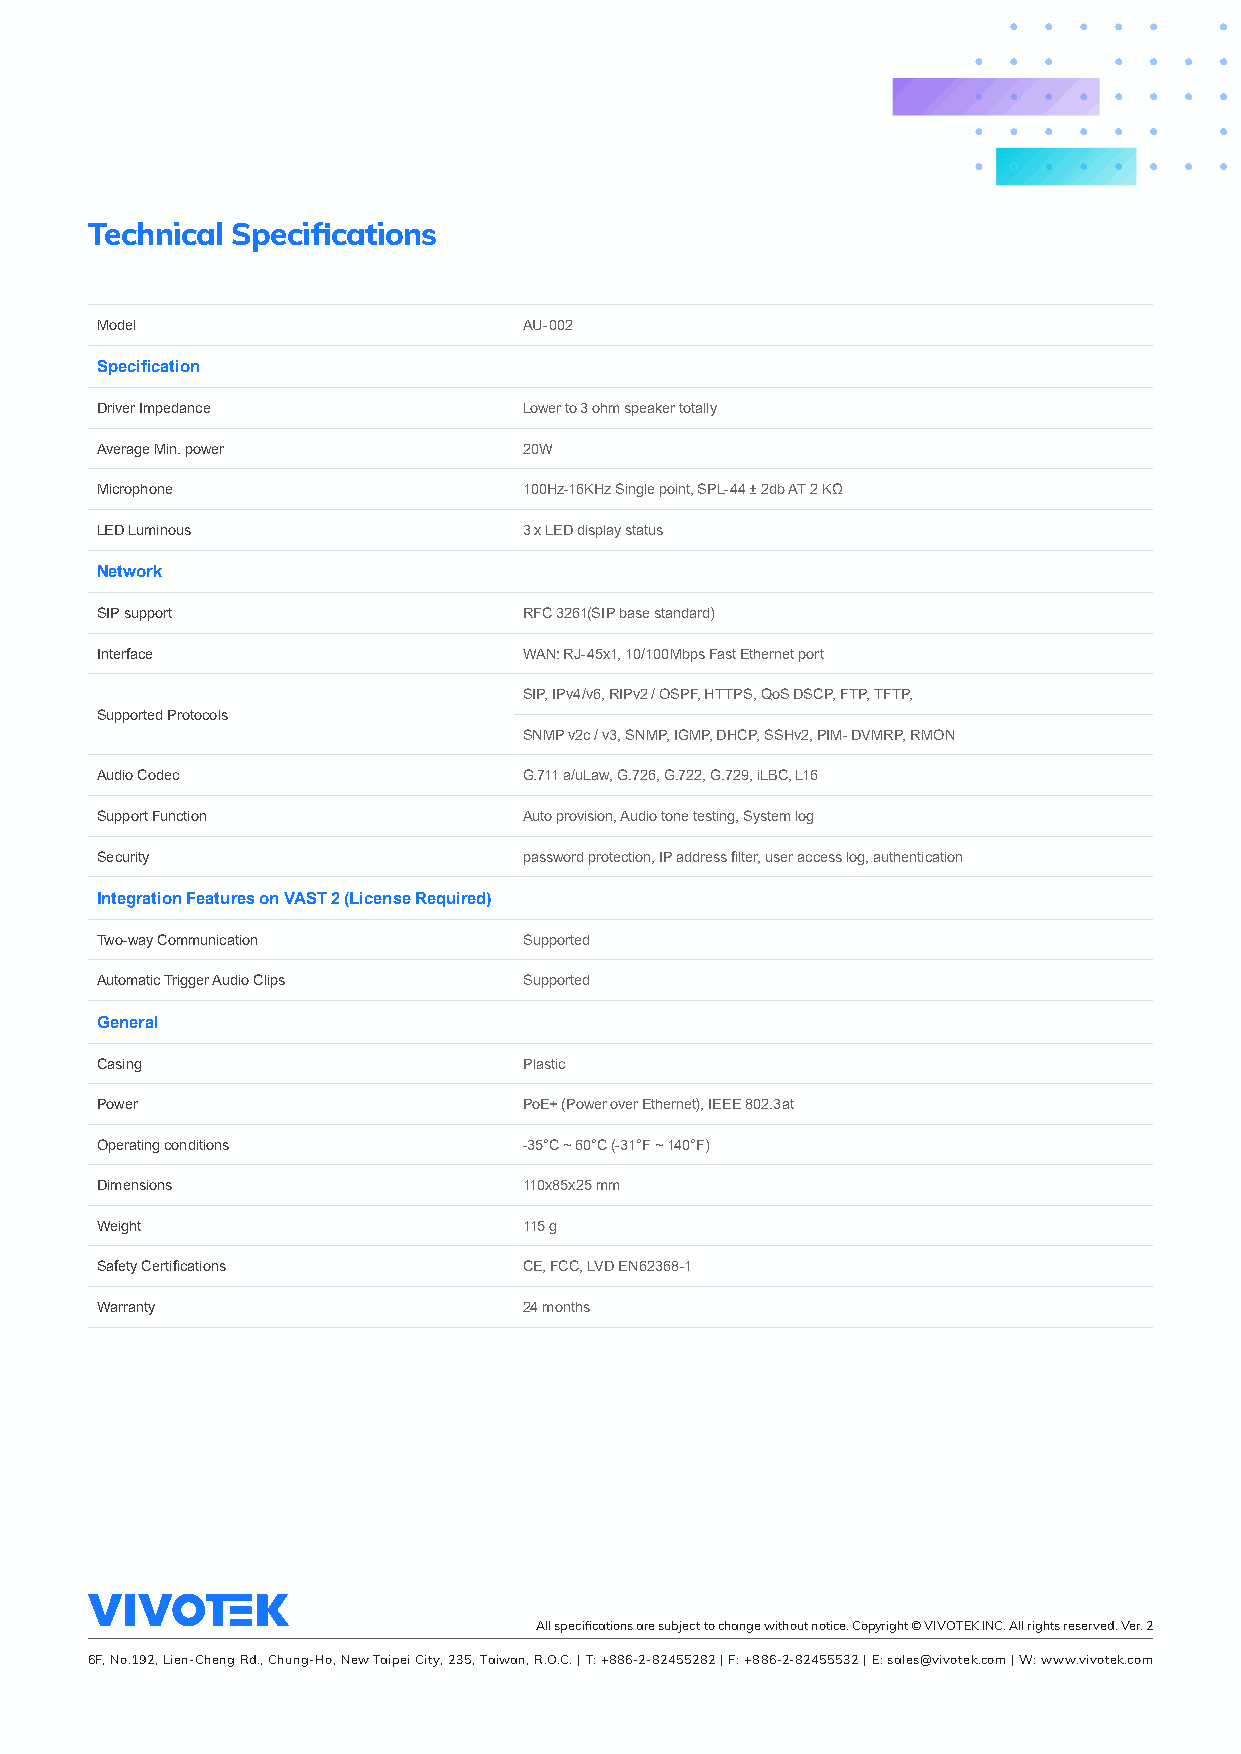
Technical Specifications
 Model                        AU-002
 Specification
 Driver Impedance             Lower to 3 ohm speaker totally
 Average Min. power           20W
 Microphone                   100Hz-16KHz Single point, SPL-44 ± 2db AT 2 KΩ
 LED Luminous                 3 x LED display status
 Network
 SIP support                  RFC 3261(SIP base standard)
 Interface                    WAN: RJ-45x1, 10/100Mbps Fast Ethernet port
 SIP, IPv4/v6, RIPv2 / OSPF, HTTPS, QoS DSCP, FTP, TFTP,
 Supported Protocols
 SNMP v2c / v3, SNMP, IGMP, DHCP, SSHv2, PIM- DVMRP, RMON
 Audio Codec                  G.711 a/uLaw, G.726, G.722, G.729, iLBC, L16
 Support Function             Auto provision, Audio tone testing, System log
 Security                     password protection, IP address filter, user access log, authentication
 Integration Features on VAST 2 (License Required)
 Two-way Communication        Supported
 Automatic Trigger Audio Clips Supported
 General
 Casing                       Plastic
 Power                        PoE+ (Power over Ethernet), IEEE 802.3at
 Operating conditions         -35°C ~ 60°C (-31°F ~ 140°F)
 Dimensions                   110x85x25 mm
 Weight                       115 g
 Safety Certifications        CE, FCC, LVD EN62368-1
 Warranty                     24 months
 All specifications are subject to change without notice. Copyright © VIVOTEK INC. All rights reserved. Ver. 2
 6F, No.192, Lien-Cheng Rd., Chung-Ho, New Taipei City, 235, Taiwan, R.O.C. | T: +886-2-82455282 | F: +886-2-82455532 | E: sales@vivotek.com | W: www.vivotek.com